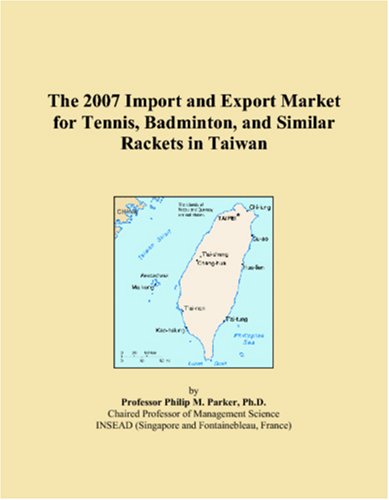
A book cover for The 2007 Import and Export Market for Tennis, Badminton, and Similar Rackets in Taiwan; Philip M. Parker; Sports & Outdoors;